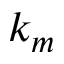
k _ { m }